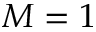
M = 1